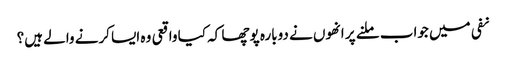
نفی میں جواب ملنے پر انھوں نے دوبارہ پوچھا کہ کیا واقعی وہ ایسا کرنے والے ہیں؟